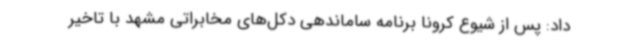
داد: پس از شیوع کرونا برنامه ساماندهی دکل‌های مخابراتی مشهد با تاخیر